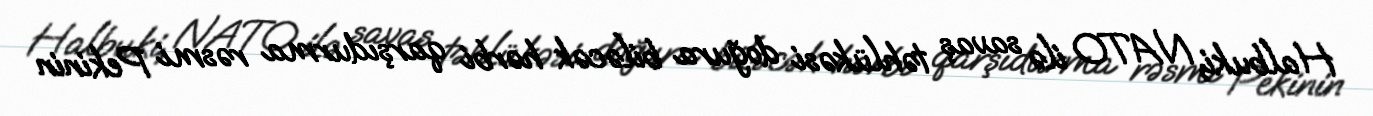
Halbuki, NATO ilə savaş təhlükəsi doğura biləcək hərbi qarşıdurma rəsmi Pekinin